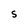
Character: s